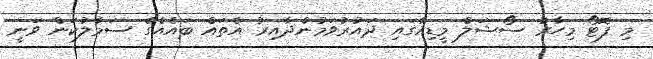
މި ފޮޓޯ މިހާރު ސޯޝަލް މީޑިއާގައި ދައުރުވަމުންދާއިރު އެތައް ބައެއްގެ ސަމާލުކަން ވަނީ